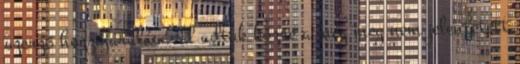
szerző hozzájárulásával adtuk közre a még meg nem jelentetett